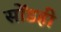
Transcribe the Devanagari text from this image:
सोंडही